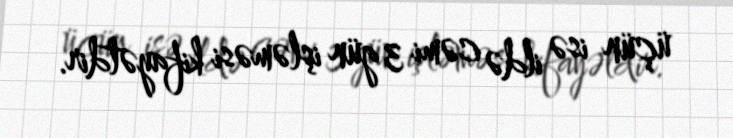
üçün isə ildə cəmi 3 gün işləməsi kifayətdir.